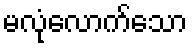
မလုံလောက်သော